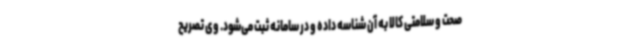
صحت و سلامتی کالا به آن شناسه داده و در سامانه ثبت می‌شود. وی تصریح